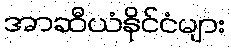
အာဆီယံနိုင်ငံများ